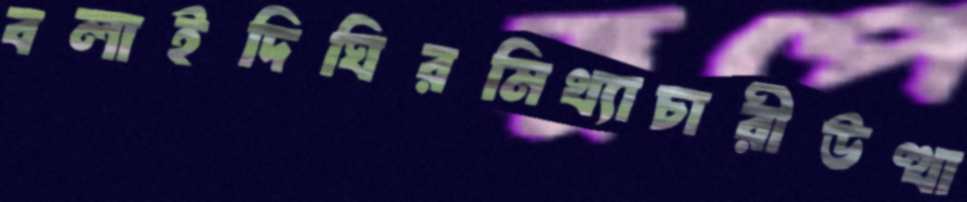
বলাইদিঘিরমিথ্যাচারীউত্থা